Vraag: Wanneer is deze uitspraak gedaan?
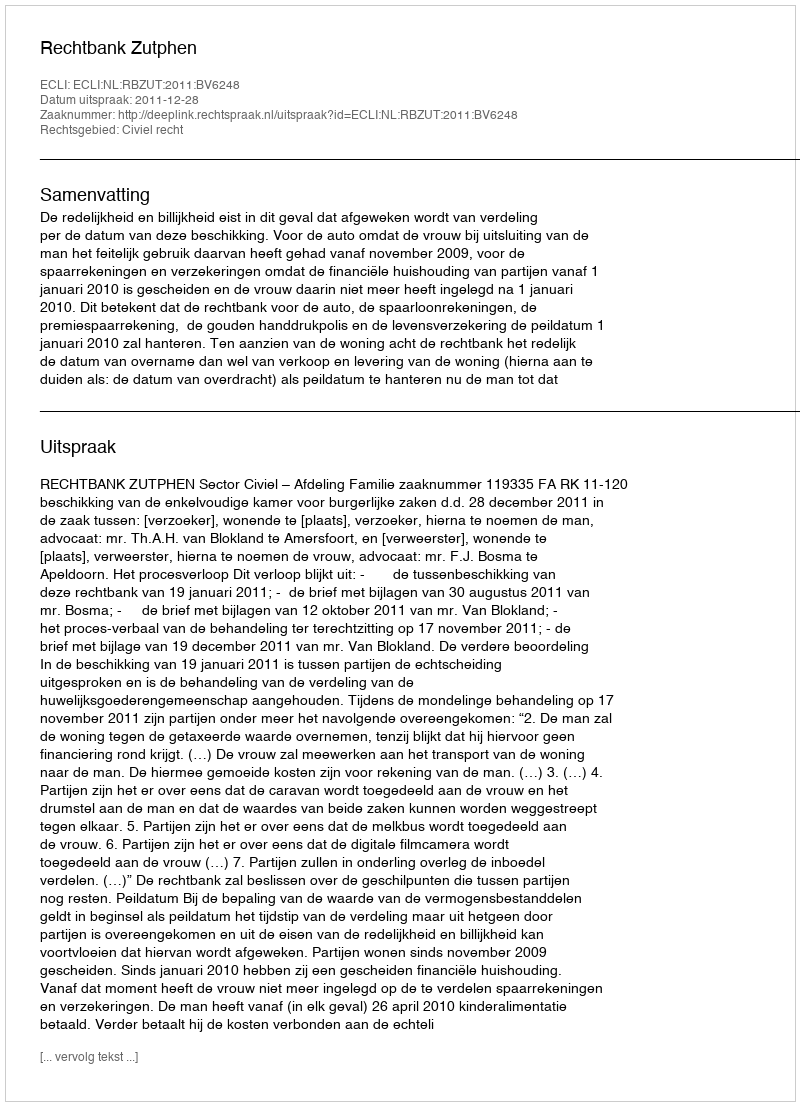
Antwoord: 2011-12-28